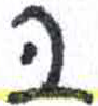
אות: ב